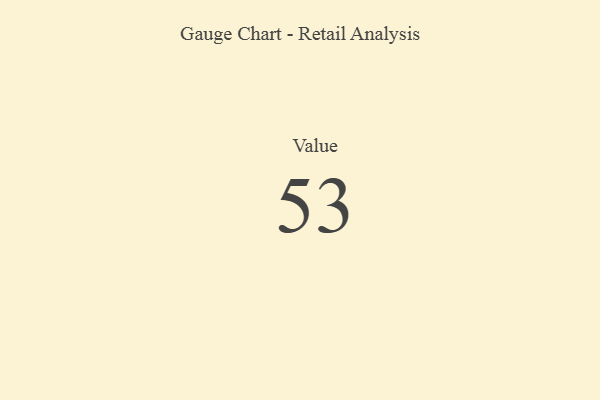
{"axis": {"x": "Metric", "y": "Value"}, "legend": [""], "data": [{"x": "Value", "y": 53, "type": ""}]}